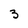
Character: 3